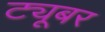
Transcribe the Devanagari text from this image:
ट्यूबर